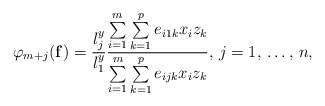
\begin{align*}\varphi_{m+j}(\mathbf{f})=\frac{l_{j}^{y}}{l_{1}^{y}}\frac{\sum\limits_{i=1}^m \sum\limits_{k=1}^p {e_{i1k}x_{i}z_{k}} }{\sum\limits_{i=1}^m \sum\limits_{k=1}^p {e_{ijk}x_{i}z_{k}} },\thinspace j=1,\thinspace \mathellipsis ,\thinspace n,\end{align*}